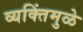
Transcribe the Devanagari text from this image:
व्यक्तिंमुळे